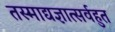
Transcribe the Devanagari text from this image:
तस्माद्यज्ञात्सर्वहुत